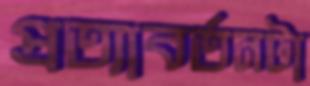
প্রত্যাবর্তনটা